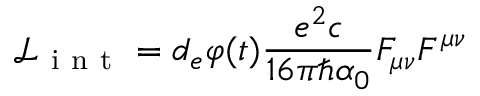
\mathcal { L } _ { \mathrm { ~ i ~ n ~ t ~ } } = d _ { e } \varphi ( t ) \frac { e ^ { 2 } c } { 1 6 \pi \hbar \alpha _ { 0 } } F _ { \mu \nu } F ^ { \mu \nu }